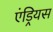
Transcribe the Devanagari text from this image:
एंड्रियस